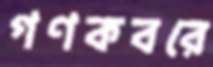
গণকবরে